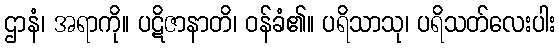
ဌာနံ၊ အရာကို။ ပဋိဇာနာတိ၊ ဝန်ခံ၏။ ပရိသာသု၊ ပရိသတ်လေးပါး